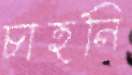
চাহনি